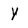
Character: y